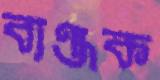
ব্যঞ্জক